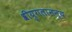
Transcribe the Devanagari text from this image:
श्रीयुगलानन्य